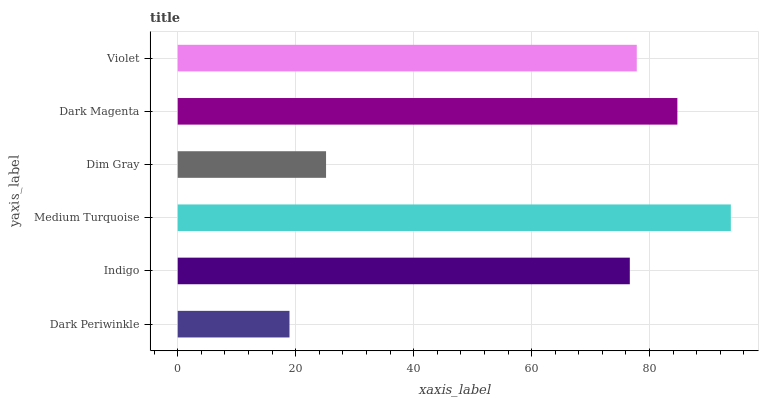
| yaxis_label | bars |
 | --- | --- |
 | Dark Periwinkle | 18.9 |
 | Indigo | 76.6 |
 | Medium Turquoise | 93.8 |
 | Dim Gray | 25.1 |
 | Dark Magenta | 84.7 |
 | Violet | 77.8 |